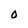
Character: 0